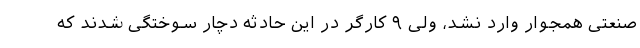
صنعتی همجوار وارد نشد، ولی ۹ کارگر در این حادثه دچار سوختگی شدند که